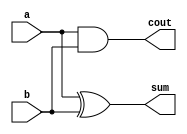
`timescale 1ns / 1ps
//////////////////////////////////////////////////////////////////////////////////
// Company: 
// Engineer: 
// 
// Design Name: 
// Module Name: adder
// Project Name: 
// Target Devices: 
// Tool Versions: 
// Description: 
// 
// Dependencies: 
// 
// Revision:
// Revision 0.01 - File Created
// Additional Comments:
// 
//////////////////////////////////////////////////////////////////////////////////


module adder(input  a,
input  b ,
//input cin,
output  cout,
output sum);

assign sum=a^b;
assign cout=a&b;

endmodule